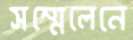
সম্মেলেনে